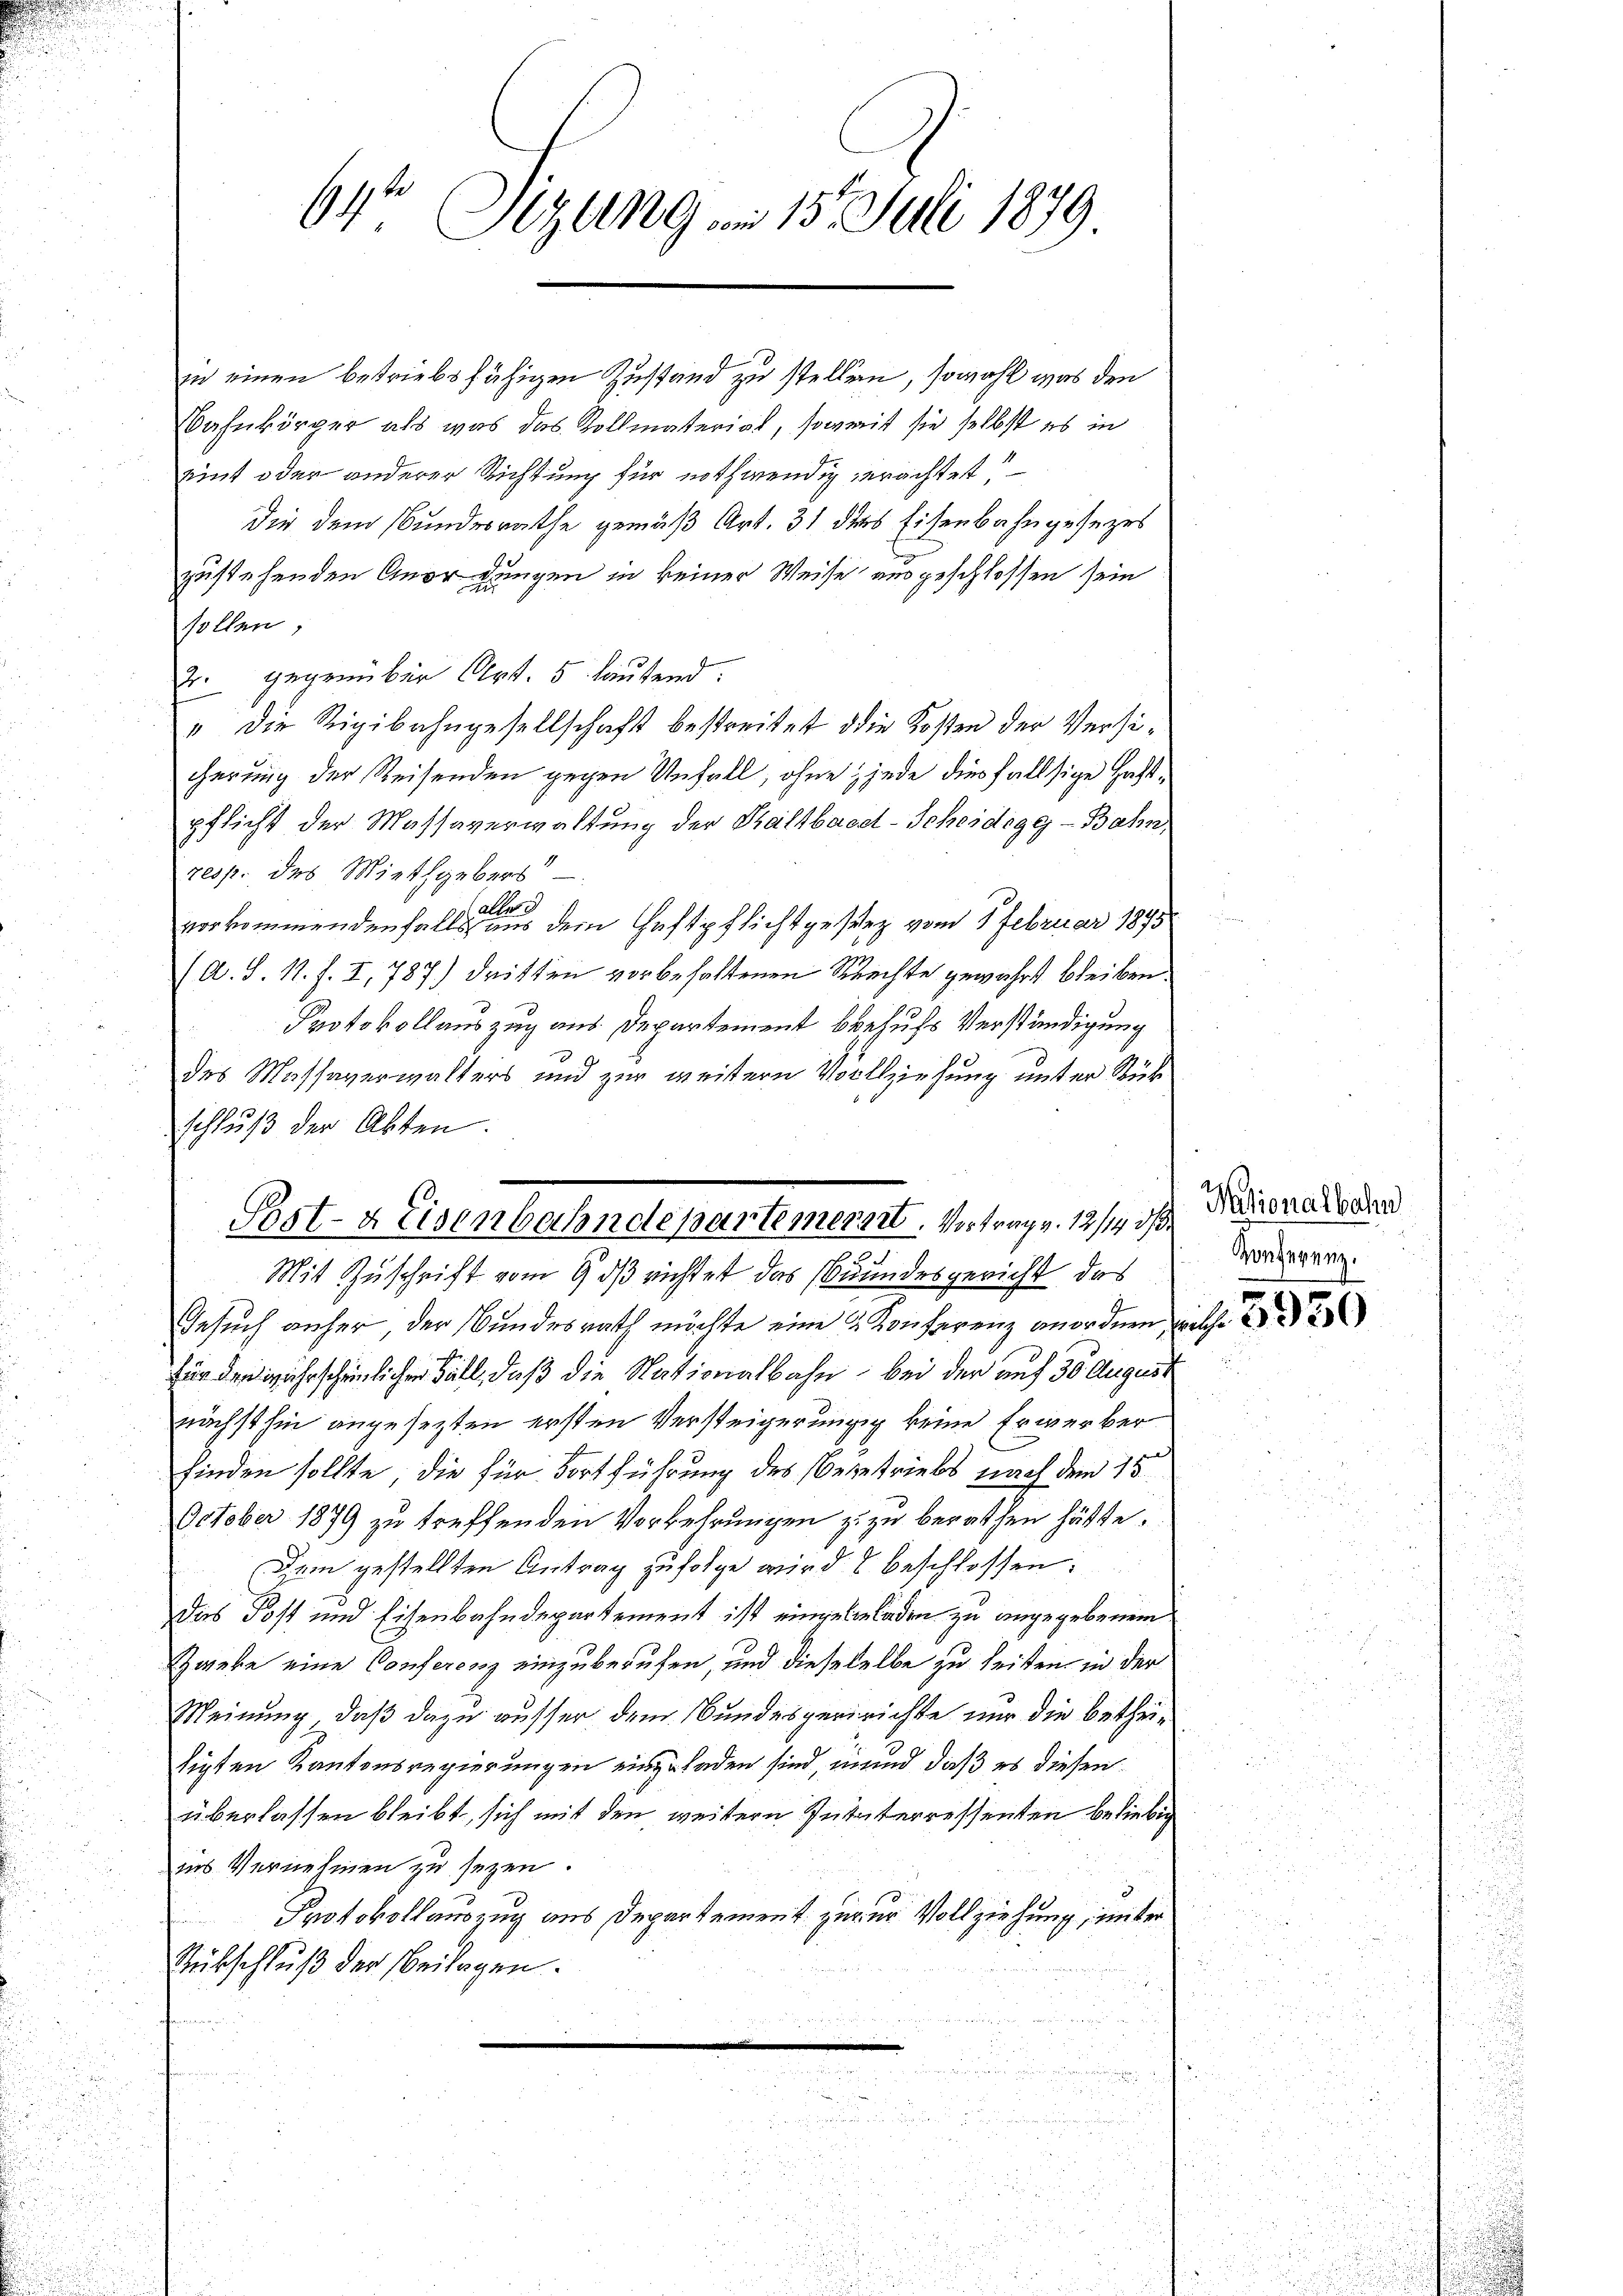
64t Segung am 15. Juli 1879

in einen betriebsfähigen Zustand zu stellen, sowohl was den
Bahnkörper als was das Kollmaterial, soweit sie selbst es in
eint oder anderer Richtung für nothwendig erachtet,
Die dem Bundesrathe gemäß Art. 31 des Eisenbahngesezes
zustehenden Anordungen in keiner Weise ausgeschlossen sein
sollen,
Er gegenüber Art. 5 lautend.
" die Rigibahngesellschaft bestreitet die Kosten der Versicherung der Reisenden gegen Unfall, ohne jede diesfallsige Haftpflicht der Massaverwaltung der Kaltbasel-Scheidegg-Bahn,
resp. des Miethgebers
2
2
vorkommendenfalls aus dem Haftpflichtgesetz vom Februar 1895
(A. S. 11. J. I, 787) dritten vorbehaltenen Rechte gewährt bleiben.
Protokollauszug aus Departement behufs Verständigung
89
des Massaverwalters und zur weitern Vollziehung unter Rückschluß der Abten.
Mit Zuschrift vom 9. ds richtet das Grundesgericht das
Gesuch anher der Bundesrath möchte eine & Konferenz anordnen, welche
für den wahrscheinlichen Fall, daß die Nationalbahn bei der auf 30 August
nächsthin angesezten ersten Versteigerungig keine Erwerber
finden sollte, die für Fortführung des Begetriebs nach dem 15.
October 1879 zu treffenden Vorkehrungen zu zu berathen hätte.
Dem gestellten Antrag zufolge wird 8 beschlossen:
das Post und Eisenbahndepartement ist einzelladen zu angegebenem
Zwebe eine Conferenz einzuberufen, und dieseselbe zu seiten in der
Meinung, daß dazu ausser dem Bundesgeririchte nur die betheitigten Kantonsregierungen einzuladen sind, mund daß es diesen
überlassen bleibt, sich mit den weitern Juinterressenten beliebig
ins Vernehmen zu sezen.
3
Protokollauszug aus Departement zuzur Vollziehung, unter
Rückschluß der Beilagen.
e

Post- & Eisenbahndepartemenart. Vortrag v. 12/14 d

Nationalbahn
Konferenz.
e